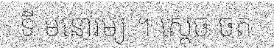
ទី មនោរម្យ ។ ស្តេច ចត